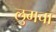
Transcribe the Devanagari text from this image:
लुमचा